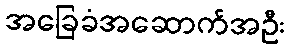
အခြေခံအဆောက်အဦး